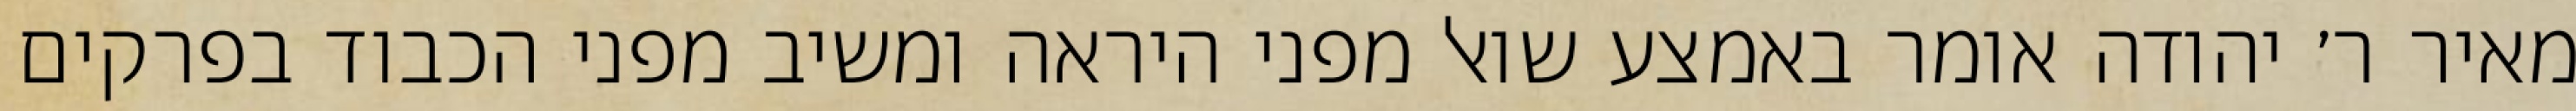
מאיר ר׳ יהודה אומר באמצע שואל מפני היראה ומשיב מפני הכבוד בפרקים